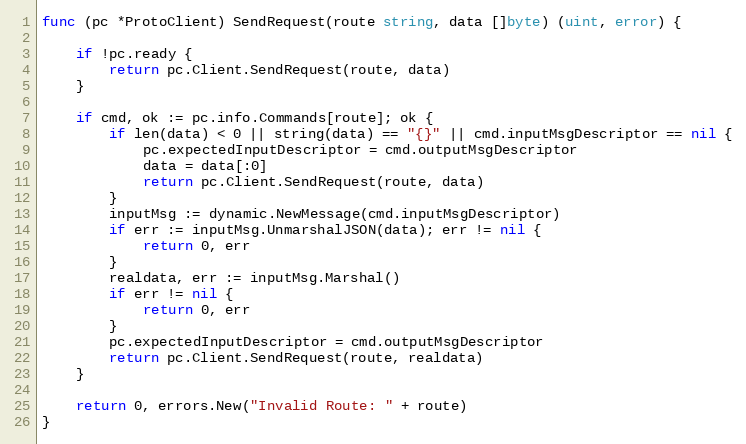
Language: Go
func (pc *ProtoClient) SendRequest(route string, data []byte) (uint, error) {

	if !pc.ready {
		return pc.Client.SendRequest(route, data)
	}

	if cmd, ok := pc.info.Commands[route]; ok {
		if len(data) < 0 || string(data) == "{}" || cmd.inputMsgDescriptor == nil {
			pc.expectedInputDescriptor = cmd.outputMsgDescriptor
			data = data[:0]
			return pc.Client.SendRequest(route, data)
		}
		inputMsg := dynamic.NewMessage(cmd.inputMsgDescriptor)
		if err := inputMsg.UnmarshalJSON(data); err != nil {
			return 0, err
		}
		realdata, err := inputMsg.Marshal()
		if err != nil {
			return 0, err
		}
		pc.expectedInputDescriptor = cmd.outputMsgDescriptor
		return pc.Client.SendRequest(route, realdata)
	}

	return 0, errors.New("Invalid Route: " + route)
}